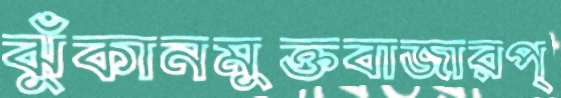
ঝুঁকানমুক্তবাজারপ্